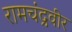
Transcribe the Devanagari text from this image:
रामचंद्रवीर